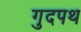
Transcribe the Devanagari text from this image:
गुदपथ